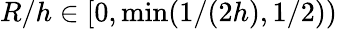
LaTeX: R/h\in[0,\operatorname*{min}(1/(2h),1/2))